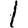
Digit: 1